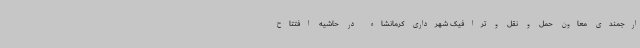
ارجمندی معاون حمل و نقل و ترافیک شهرداری کرمانشاه در حاشیه افتتاح